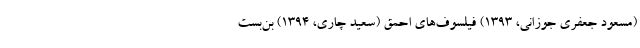
(مسعود جعفری جوزانی، ۱۳۹۳) فیلسوف‌های احمق (سعید چاری، ۱۳۹۴) بن‌بست